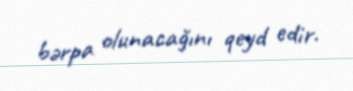
bərpa olunacağını qeyd edir.